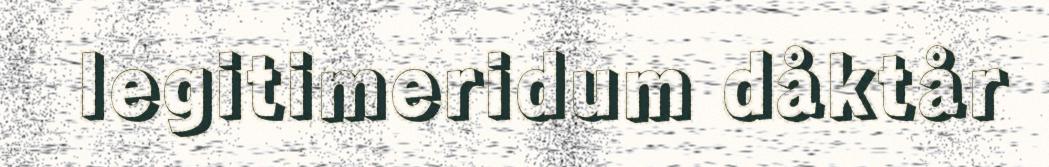
legitimeridum dåktår